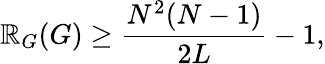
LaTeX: \mathbb{R}_{G}(G)\geq\frac{{N^{2}(N-1)}}{{2L}}-1,